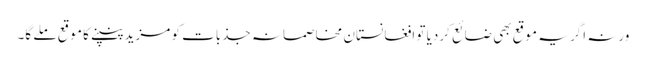
ورنہ اگر یہ موقع بھی ضائع کردیا تو افغانستان مخاصمانہ جذبات کو مزید پنپنے کا موقع ملے گا۔